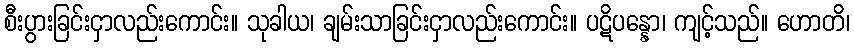
စီးပွားခြင်းငှာလည်းကောင်း။ သုခါယ၊ ချမ်းသာခြင်းငှာလည်းကောင်း။ ပဋိပန္နော၊ ကျင့်သည်။ ဟောတိ၊